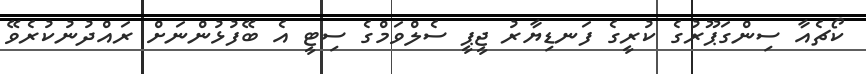
ކޯޗެއާ ސިންގަޕޫރުގެ ކުރީގެ ފަނޑިޔާރު ޖީޕީ ސެލްވަމްގެ ސިޓީ އެ ބޭފުޅުންނަށް ރައްދުނުކުރެވޭ